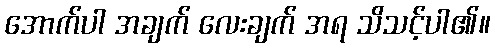
အောက်ပါ အချက် လေးချက် အရ သိသင့်ပါ၏။